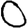
Digit: 0